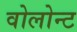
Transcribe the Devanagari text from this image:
वोलोन्ट